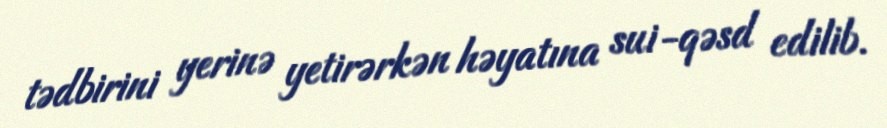
tədbirini yerinə yetirərkən həyatına sui-qəsd edilib.